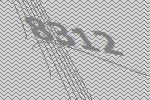
8312